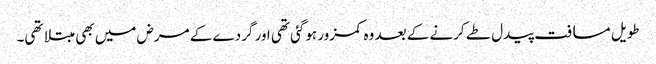
طویل مسافت پیدل طے کرنے کے بعد وہ کمزور ہوگئی تھی اور گردے کے مرض میں بھی مبتلا تھی۔